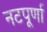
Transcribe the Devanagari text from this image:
नटपूर्णा